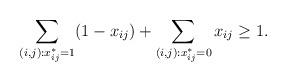
LaTeX: \begin{align*} \sum_{(i,j):x_{ij}^*=1} (1-x_{ij}) + \sum_{(i,j):x_{ij}^*=0} x_{ij} \ge 1.\end{align*}